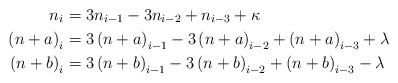
\begin{align*}n_{i} & =3n_{i-1}-3n_{i-2}+n_{i-3}+\kappa\\\left(n+a\right)_{i} & =3\left(n+a\right)_{i-1}-3\left(n+a\right)_{i-2}+\left(n+a\right)_{i-3}+\lambda\\\left(n+b\right)_{i} & =3\left(n+b\right)_{i-1}-3\left(n+b\right)_{i-2}+\left(n+b\right)_{i-3}-\lambda\end{align*}